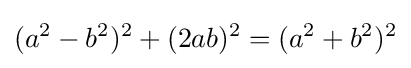
(a^{2}-b^{2})^{2}+(2ab)^{2}=(a^{2}+b^{2})^{2}